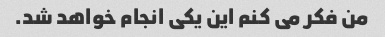
من فکر می کنم این یکی انجام خواهد شد.